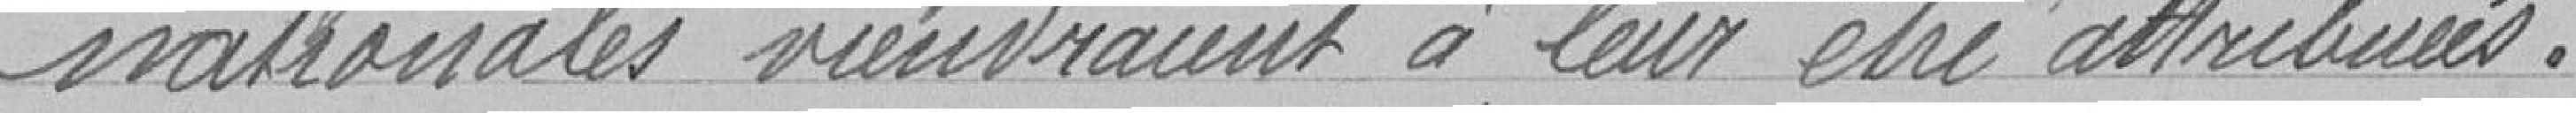
nationales viendraient à leurs être attribuées.